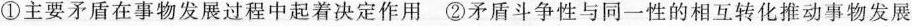
①主要矛盾在事物发展过程中起着决定作用②矛盾斗争性与同一性的相互转化推动事物发展